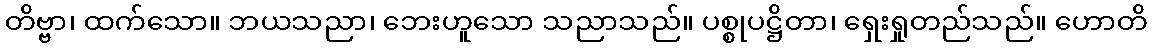
တိဗ္ဗာ၊ ထက်သော။ ဘယသညာ၊ ဘေးဟူသော သညာသည်။ ပစ္စုပဋ္ဌိတာ၊ ရှေးရှုတည်သည်။ ဟောတိ